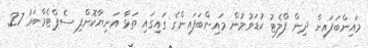
މައިންބަފައިން ދިން ފްލެޓު ކުޑަވުމުން މައިންބަފައިންގެ ގައިގައި ތަޅާ އަނިޔާކޮށްފި ސެޕްޓެމްބަރު 27